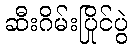
ဆီးဂိမ်းပြိုင်ပွဲ